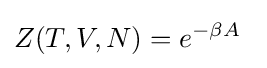
Z(T,V,N)=e^{-\beta A}\,\;